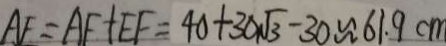
A F = A F + E F = 4 0 + 3 0 \sqrt { 3 } - 3 0 \approx 6 1 . 9 c m